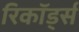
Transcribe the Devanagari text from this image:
रिकॉड्‌र्स